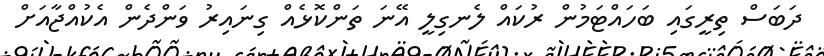
ދަބަސް ތިރީގައި ބަހައްޓަމުން ރުކައް ލެނގިލީ އޭނަ ތަންކޮޅެއް ގިނައިރު ވަންދެން އެކުއްޖާއަށް